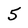
Character: 5